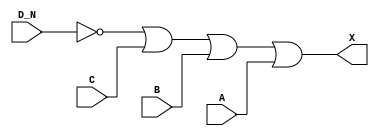
module sky130_fd_sc_ms__or4b (
    X  ,
    A  ,
    B  ,
    C  ,
    D_N
);

    // Module ports
    output X  ;
    input  A  ;
    input  B  ;
    input  C  ;
    input  D_N;

    // Local signals
    wire not0_out ;
    wire or0_out_X;

    //  Name  Output     Other arguments
    not not0 (not0_out , D_N              );
    or  or0  (or0_out_X, not0_out, C, B, A);
    buf buf0 (X        , or0_out_X        );

endmodule